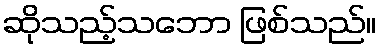
ဆိုသည့်သဘော ဖြစ်သည်။